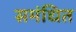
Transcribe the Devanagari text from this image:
समंधित